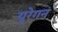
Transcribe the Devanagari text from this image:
यूरेगन